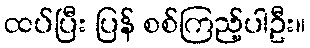
ထပ်ပြီး ပြန် စစ်ကြည့်ပါဦး။